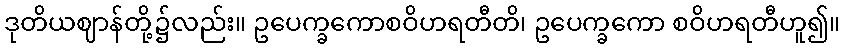
ဒုတိယဈာန်တို့၌လည်း။ ဥပေက္ခကောစဝိဟရတီတိ၊ ဥပေက္ခကော စဝိဟရတီဟူ၍။